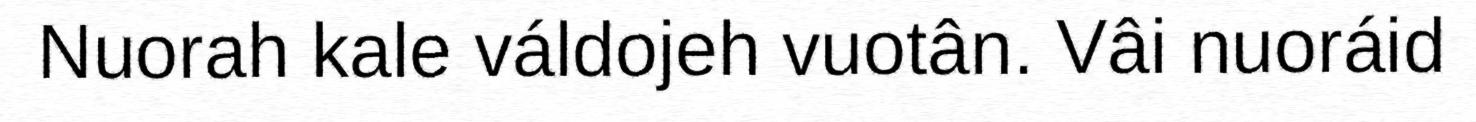
Nuorah kale váldojeh vuotân. Vâi nuoráid